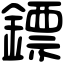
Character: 鏢